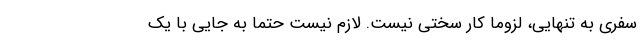
سفری به تنهایی، لزوماً کار سختی نیست. لازم نیست حتما به جایی با یک